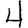
Digit: 4